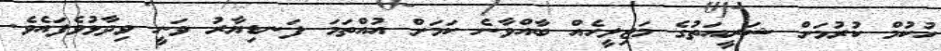
ހުކުމް ކުރުމަށް ޝަރީއަތުގެ މަޖިލީހެއް ބާއްވާނެ ކަމަށް އުއްތަމަ ފަނޑިޔާރު ވަނީ ވިދާޅުވެފައެވެ.